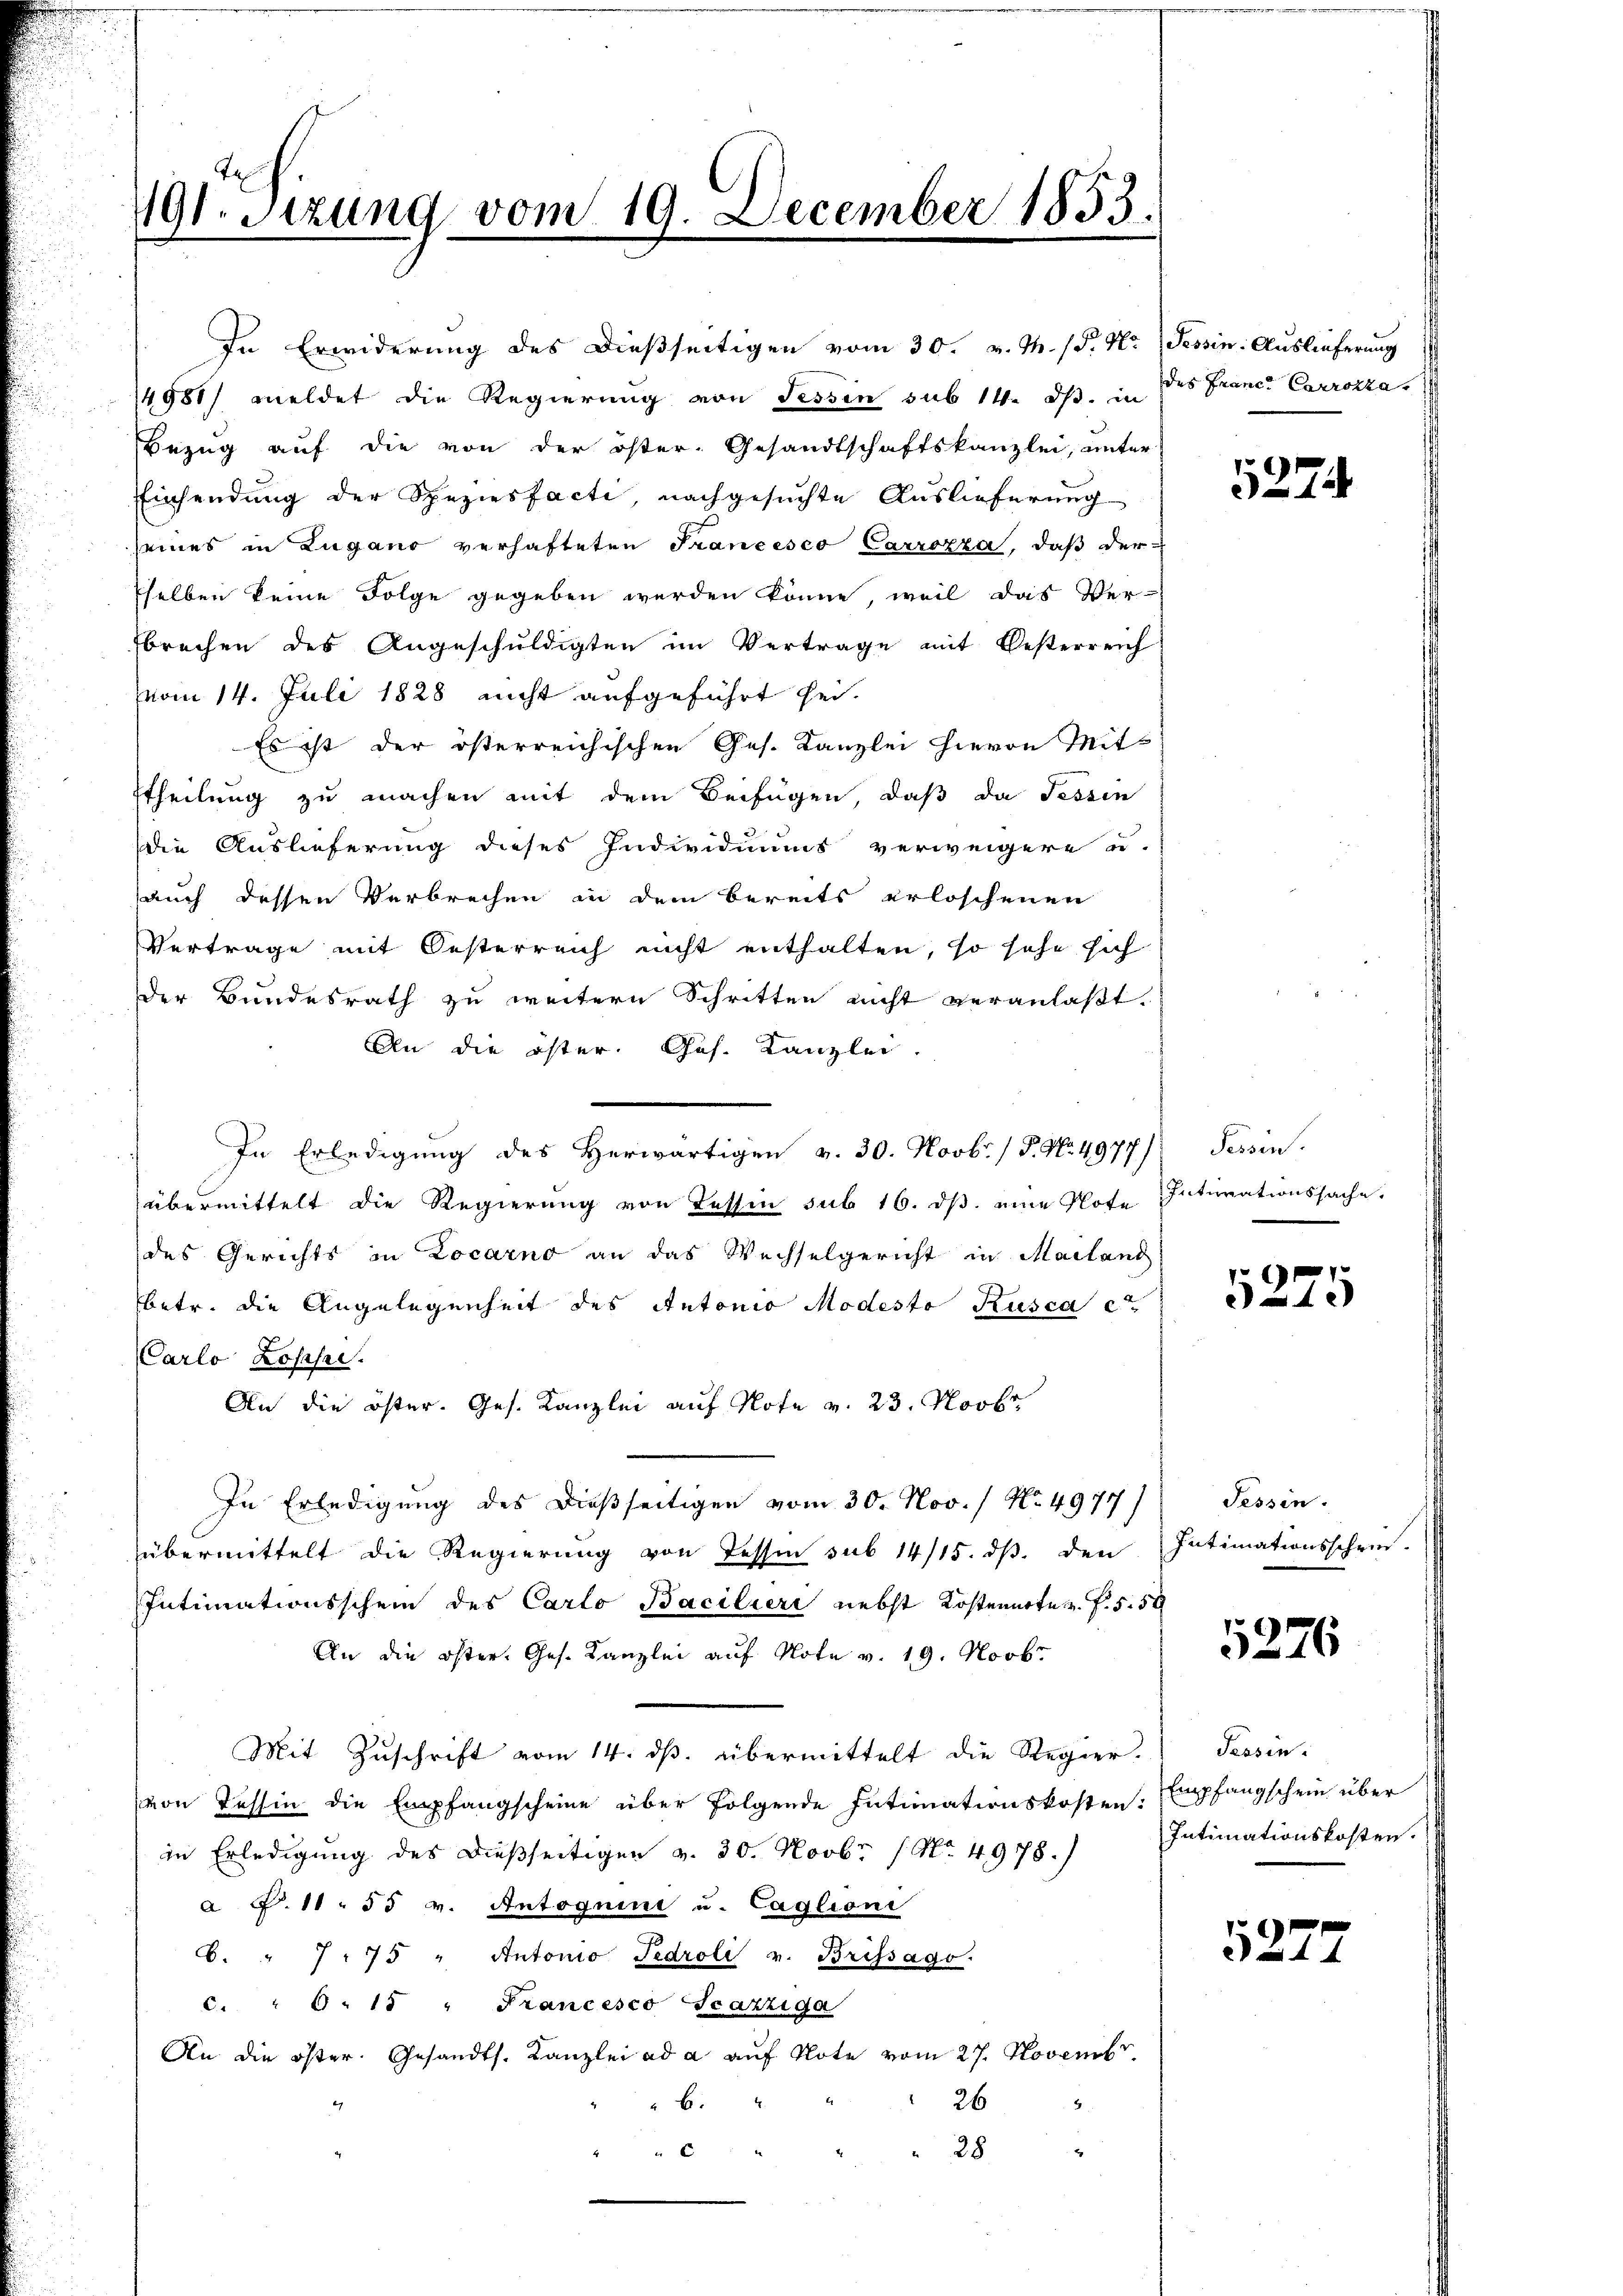
191. Sizung vom 19. December 1833.

In Erwiderung des dießseitigen vom 30. v. M. (S. Nr. Tessin: Auslieferung
14981/ meldet die Regierung von Tessin sub 14. ds. in des France Carrozza,
Bezug auf die von der öster. Gesandtschaftskanzlei, unter
Einsendung der Speziesfacti, nachgesuchte Auslieferung
seines in Zugano verhafteten Francesco Carrozza, daß der
selben keine Folge gegeben werden könne, weil das Ver-
fbrechen des Angeschuldigten im Vertrage mit Oesterreich
vom 14. Juli 1828 nicht aufgeführt sei.
Es ist der österreichischen Ges. Kanzlei hievon Mits
theilung zu machen mit dem Beifügen, daß da Fessen
die Auslieferung dieses Individuums verweigere u.
auch dessen Verbrechen in dem bereits erloschenen
Vertrage mit Oesterreich nicht enthalten, so sehe sich
Der Bundesrath zu weitern Schritten nicht veranlaßt.
An die öster. Ges. Kanzlei.
In Erledigung des Herwärtigen v. 30. Novbr. / P. Nr. 4977) Tessin.
übermittelt die Regierung von Tessin sub 16. ds. eine Note
des Gerichts in Locarno an das Wechselgericht in Mailand
betr. die Angelegenheit des Antonio Modesto Rusca et
Carlo Losesen.
An die öster. Ges. Kanzlei auf Note v. 23. Novbr.
In Erledigung des dießseitigen vom 30. Nov. / No. 4977)) Tessin.
übermittelt die Regierung von Tessin sub 14/15. dβ. den Intimationsschein-
Intimationsschein des Carlo Baciliere nebst Kostennote s. f. 550
An die öster, Ges. Kanzlei auf Note v. 19. Novbr
Mit Zŭschrift vom 14. dβ. übermittelt die Regier. Tessin-
von Tessin die Empfangscheine über folgende Intimationskosten. Empfangschein über
in Erledigung des dießseitigen v. 30. Novbr (No. 4978.)
a P. 11. 55 v. Antoguini u. Caglioni
6. " 775 " Antonio Tedroli v. Brissago.
c. " 6. 15 " Francesco Scazziga
An die öster. Gesandts. Kanzlei ad a auf Note vom 27. Novembr
" 6.
26
 28
u

5274

Interationssache.
.

5275

5276

Intimationskosten.

5227